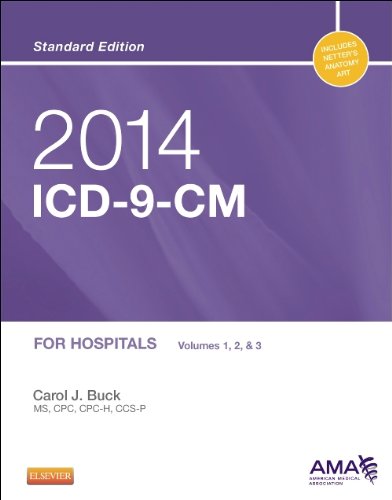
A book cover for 2014 ICD-9-CM for Hospitals, Volumes 1, 2 and 3 Standard Edition, 1e (Buck, ICD-9-CM  Vols 1,2&3 Standard Edition); Carol J. Buck MS  CPC  CCS-P; Medical Books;